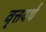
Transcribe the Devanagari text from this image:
वृत्तयर्थ